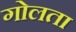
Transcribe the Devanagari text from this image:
गोलता